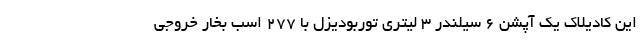
این کادیلاک یک آپشن 6 سیلندر 3 لیتری توربودیزل با 277 اسب بخار خروجی